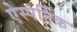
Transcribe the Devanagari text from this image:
ऐस्पर्टिक